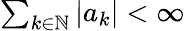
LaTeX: \textstyle\sum_{k\in{\mathbb{N}}}|a_{k}|<\infty